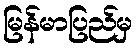
မြန်မာပြည်မှ